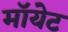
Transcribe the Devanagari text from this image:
मॉयेट